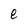
Character: e